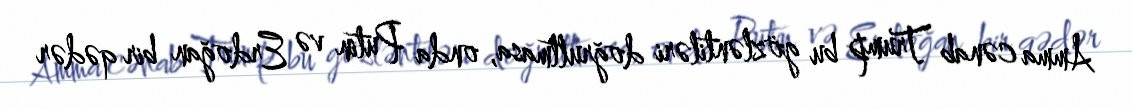
Amma cənab Trump bu gözləntiləri doğrultmasa, onda Putin və Erdoğan bir qədər